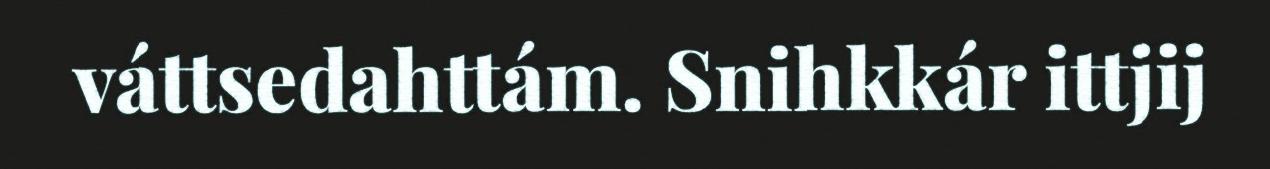
váttsedahttám. Snihkkár ittjij